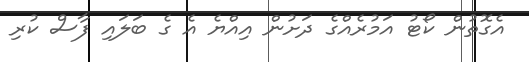
އެގޮތުން ކޯޓު އަމުރެއްގެ ދަށުން އިއްޔެ އެ ގެ ބަލައި ފާސް ކުރި